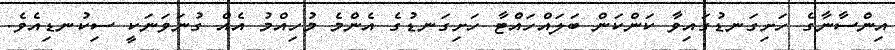
އިންސާނާގެ ހަށިގަނޑުގައިވާ ކަންކަން ބަލައްހައްޓާ ހަށިގަނޑުގެ އެންމެ މުހިއްމު އެއް ގުނަވަނަކީ ސިކުނޑިއެވެ.